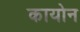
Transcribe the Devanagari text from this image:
कायोन